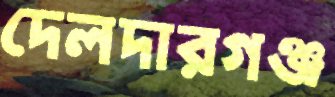
দেলদারগঞ্জ